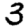
Digit: 3